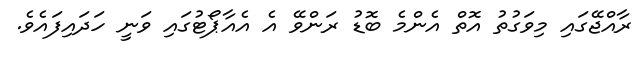
ރާއްޖޭގައި މިވަގުތު އޮތް އެންމެ ބޮޑު ރަންވޭ އެ އެއާޕޯޓުގައި ވަނީ ހަދައިފައެވެ.